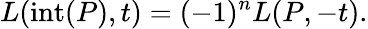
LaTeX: L(\operatorname{int}(P),t)=(-1)^{n}L(P,-t).